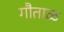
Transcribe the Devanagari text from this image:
गौताळ